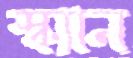
স্ক্যান